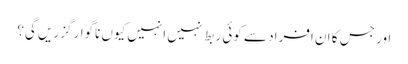
اور جس کا ان افراد سے کوئی ربط نہیں انہیں کیوں ناگوار گزریں گی؟